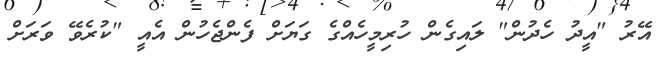
އޭރު "އީދު ހެދުން" ލައިގެން ހުރިމީހެއްގެ ގަޔަށް ފެންޖެހުން އެއީ "ކުރެވޭ ވަރަށް